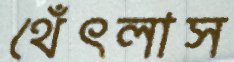
থেঁৎলাস